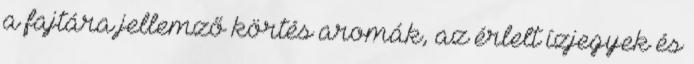
a fajtára jellemző körtés aromák, az érlelt ízjegyek és